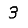
Digit: 3